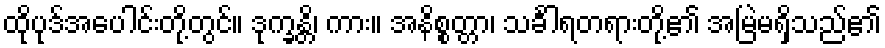
ထိုပုဒ်အပေါင်းတို့တွင်။ ဒုက္ခန္တိ၊ ကား။ အနိစ္စတ္တာ၊ သင်္ခါရတရားတို့၏ အမြဲမရှိသည်၏